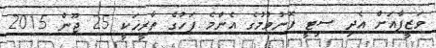
ވަޒީފާއަށް އެދި ސިޓީ ފޮނުވުމުގެ އެންމެ ފަހުގެ ތާރީޚަކީ 25 ޖޫން 2015